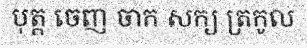
បុត្ត ចេញ ចាក សក្យ ត្រកូល